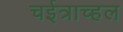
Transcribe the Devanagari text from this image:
चईत्राच्हल